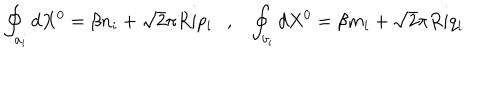
\oint _ { a _ { i } } d X ^ { 0 } = \beta n _ { i } + \sqrt { 2 } \pi R i p _ { i } , \oint _ { b _ { i } } d X ^ { 0 } = \beta m _ { i } + \sqrt { 2 } \pi R i q _ { i }